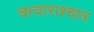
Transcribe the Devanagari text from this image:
चत्वाराश्चात्र